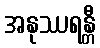
အနုဿရန္တီ